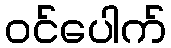
ဝင်ပေါက်